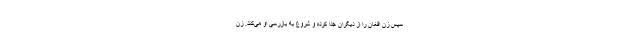
سپس زن افغان را از دیگران جدا کرده و شروع به بازرسی او می‌کند. زن